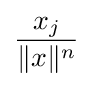
{\frac {x_{j}}{\|x\|^{n}}}